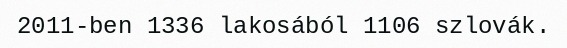
2011-ben 1336 lakosából 1106 szlovák.